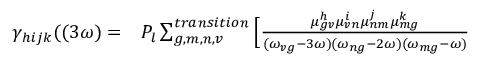
\begin{array} { r l } { \gamma _ { h i j k } ( ( 3 \omega ) = } & { { } P _ { l } \sum _ { g , m , n , v } ^ { t r a n s i t i o n } \Big [ \frac { \mu _ { g v } ^ { h } \mu _ { v n } ^ { i } \mu _ { n m } ^ { j } \mu _ { m g } ^ { k } } { ( \omega _ { v g } - 3 \omega ) ( \omega _ { n g } - 2 \omega ) ( \omega _ { m g } - \omega ) } } \end{array}